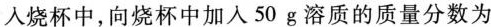
入烧杯中，向烧杯中加入50g溶质的质量分数为